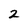
Character: 2